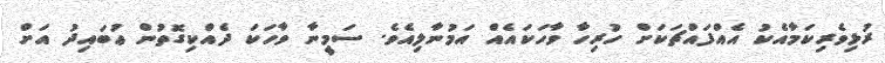
ރުޅިވެރިކަމާއެކު އެއްފައްޗަކަށް ހުރިހާ ވާހަކައެއް އަމުނާލިއެވެ. ސަމީނާ ވާހަކަ ދެއްކިގޮތުން ޢުބައިދު އަށް